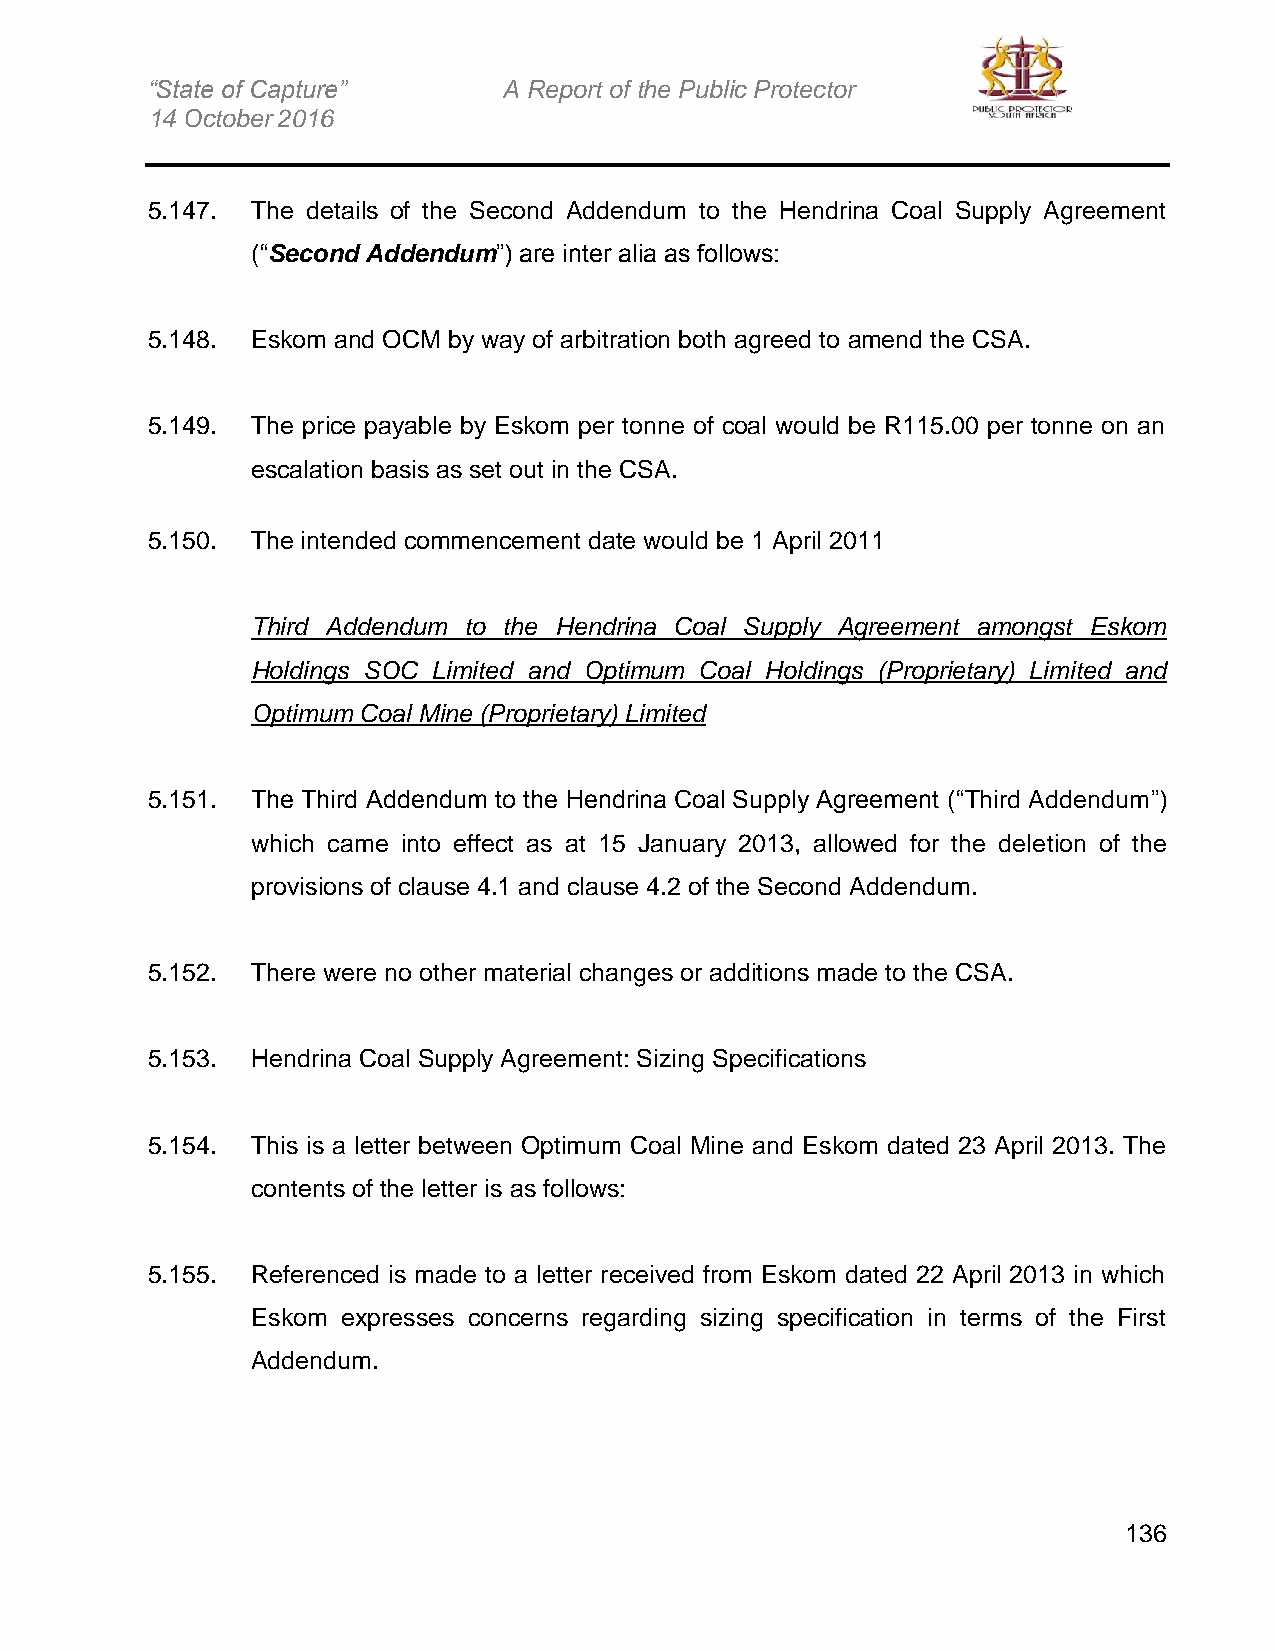
“State of Capture”     A Report of the Public Protector
 14 October 2016
 5.147. The details of the Second Addendum to the Hendrina Coal Supply Agreement
 (“Second Addendum”) are inter alia as follows:
 5.148. Eskom and OCM by way of arbitration both agreed to amend the CSA.
 5.149. The price payable by Eskom per tonne of coal would be R115.00 per tonne on an
 escalation basis as set out in the CSA.
 5.150. The intended commencement date would be 1 April 2011
 Third Addendum to the Hendrina Coal Supply Agreement amongst Eskom
 Holdings SOC Limited and Optimum Coal Holdings (Proprietary) Limited and
 Optimum Coal Mine (Proprietary) Limited
 5.151. The Third Addendum to the Hendrina Coal Supply Agreement (“Third Addendum”)
 which came into effect as at 15 January 2013, allowed for the deletion of the
 provisions of clause 4.1 and clause 4.2 of the Second Addendum.
 5.152. There were no other material changes or additions made to the CSA.
 5.153. Hendrina Coal Supply Agreement: Sizing Specifications
 5.154. This is a letter between Optimum Coal Mine and Eskom dated 23 April 2013. The
 contents of the letter is as follows:
 5.155. Referenced is made to a letter received from Eskom dated 22 April 2013 in which
 Eskom expresses concerns regarding sizing specification in terms of the First
 Addendum.
 136